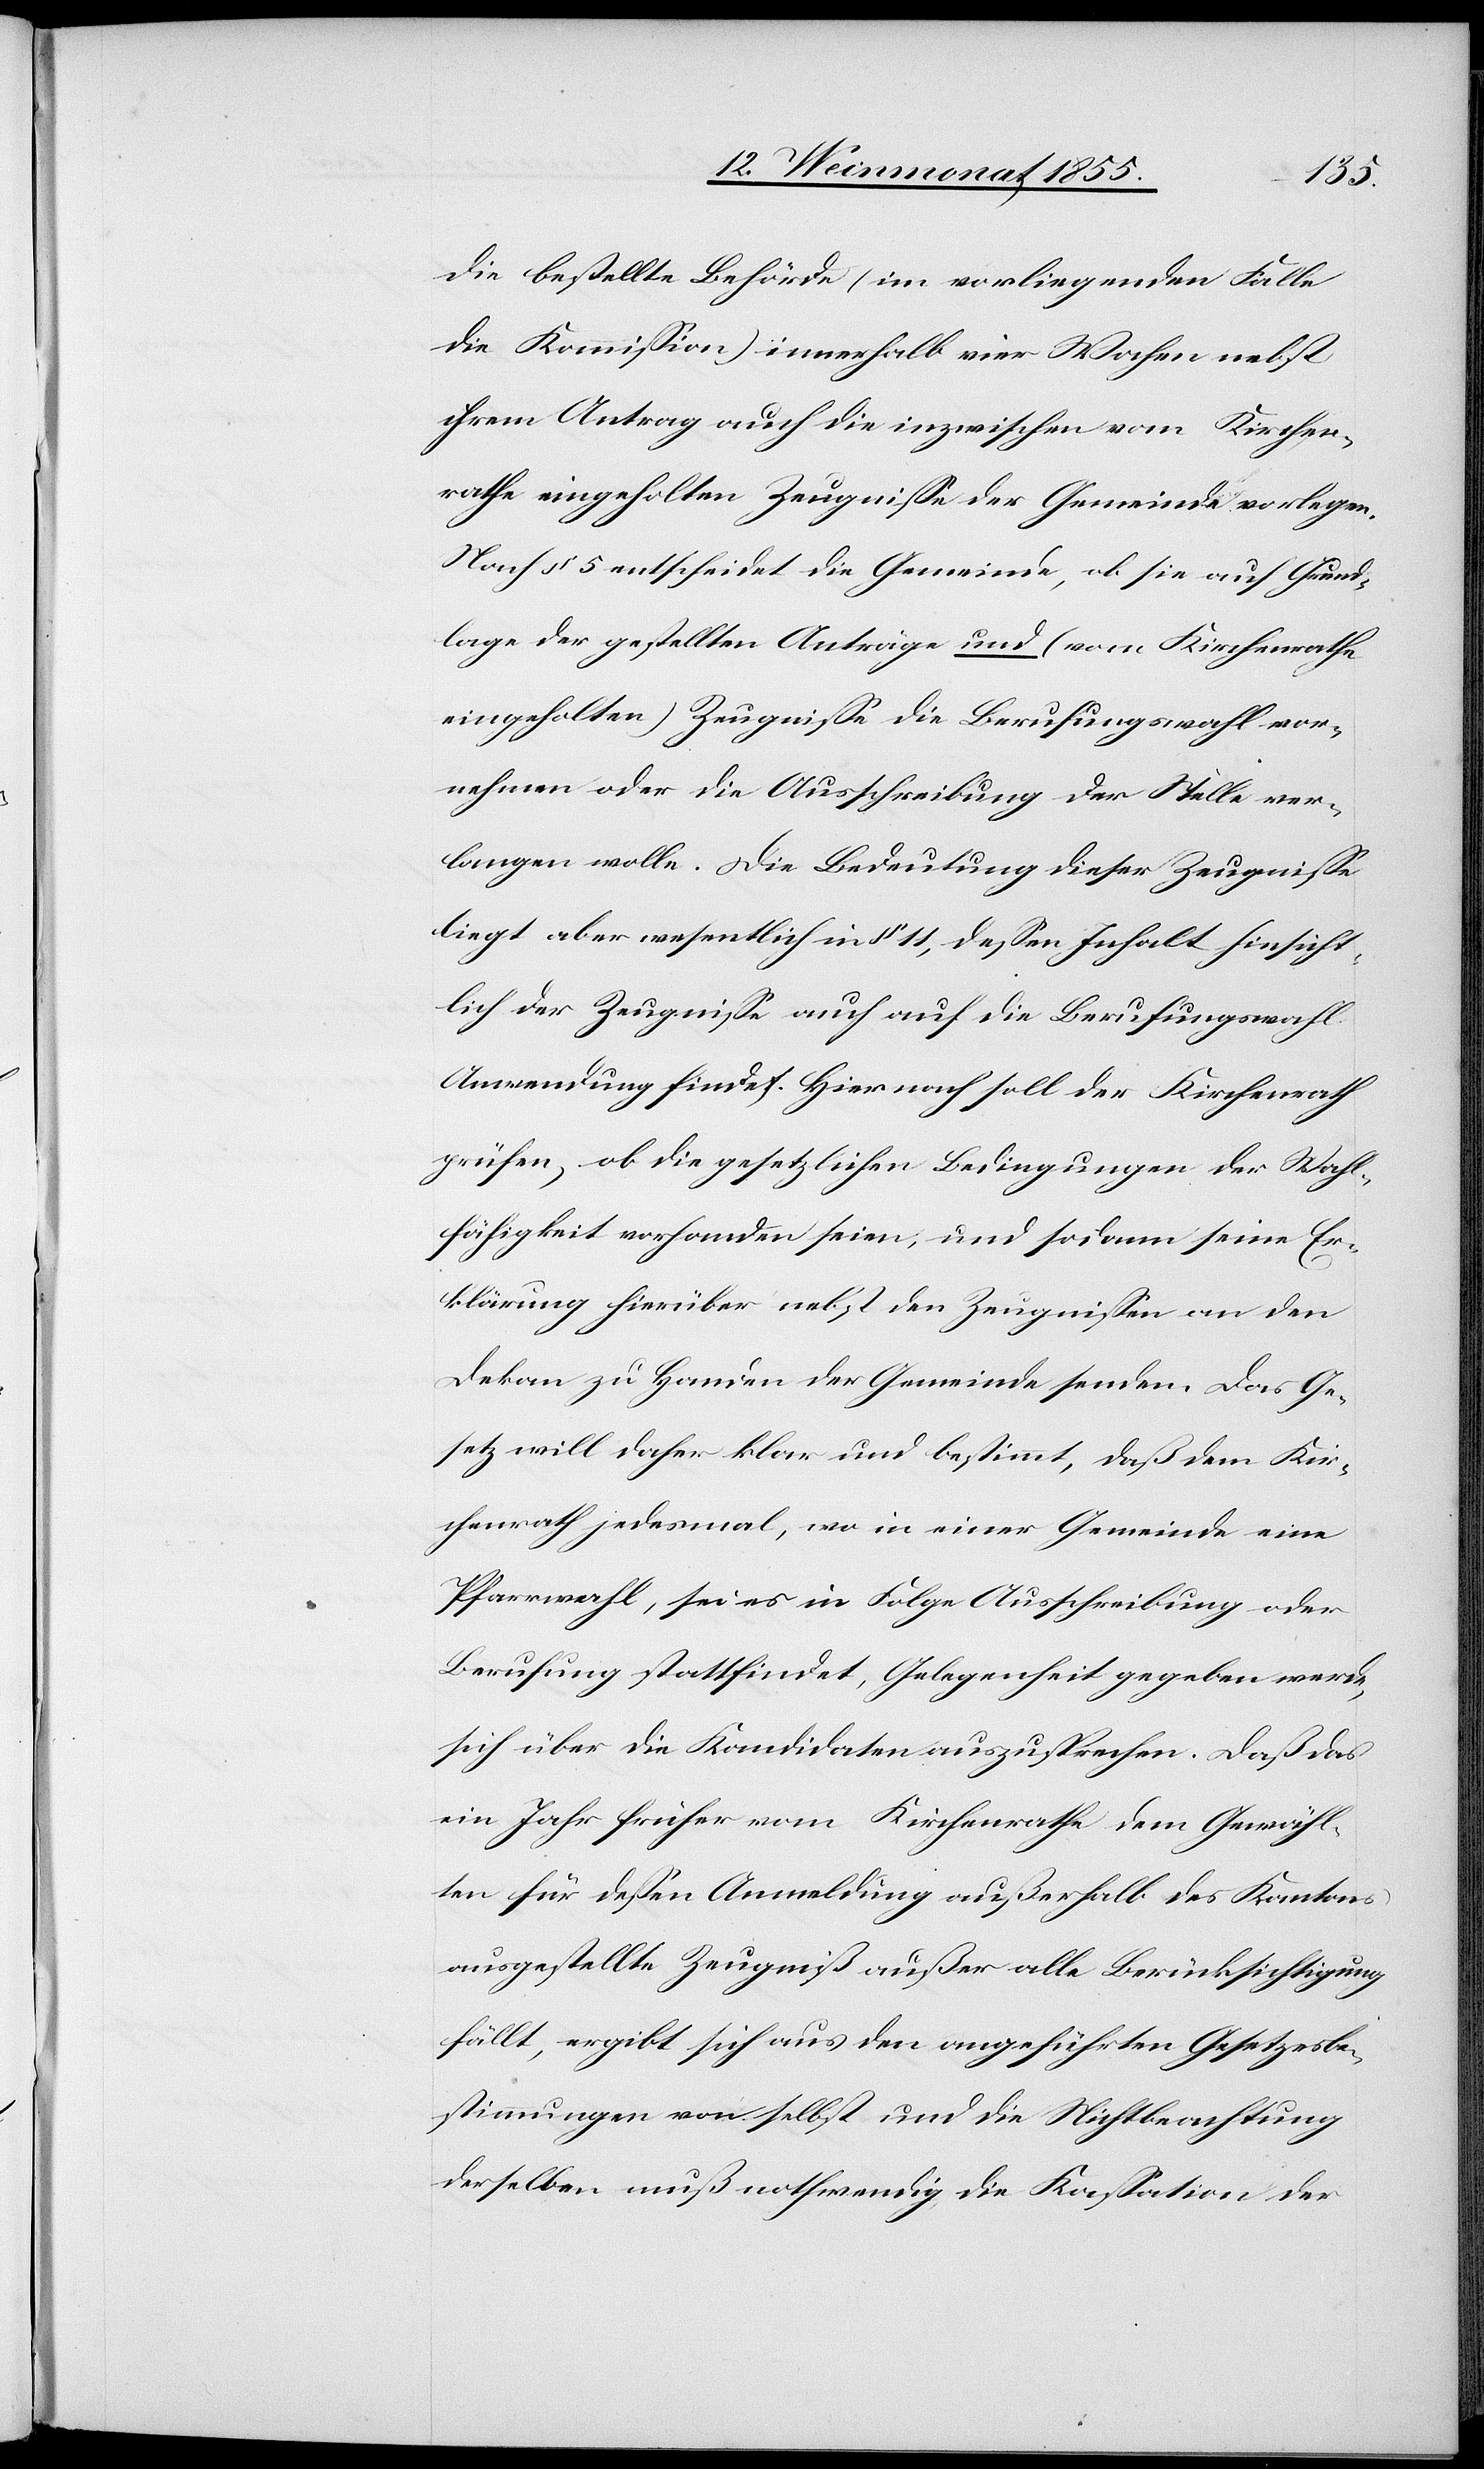
die bestellte Behörde (im vorliegenden Falle
die Kommission) innerhalb vier Wochen nebst
ihrem Antrag auch die inzwischen vom Kirchen¬
rathe eingeholten Zeugnisse der Gemeinde vorlegen.
Nach § 5 entscheidet die Gemeinde, ob sie auf Grund¬
lage der gestellten Anträge und (vom Kirchenrathe
eingeholten) Zeugnisse die Berufungswahl vor¬
nehmen oder die Ausschreibung der Stelle ver¬
langen wolle. Die Bedeutung dieser Zeugnisse
liegt aber wesentlich in § 11, dessen Inhalt hinsicht¬
lich der Zeugnisse auch auf die Berufungswahl
Anwendung findet. Hiernach soll der Kirchenrath
prüfen, ob die gesetzlichen Bedingungen der Wahl¬
fähigkeit vorhanden seien, und sodann seine Er¬
klärung hierüber nebst den Zeugnissen an den
Dekan zu Handen der Gemeinde senden. Das Ge¬
setz will daher klar und bestimmt, daß dem Kir¬
chenrath jedesmal, wo in einer Gemeinde eine
Pfarrwahl, sei es in Folge Ausschreibung oder
Berufung stattfindet, Gelegenheit gegeben werde,
sich über die Kandidaten auszusprechen. Daß das
ein Jahr früher vom Kirchenrathe dem Gewähl¬
ten für dessen Anmeldung außerhalb des Kantons
ausgestellte Zeugniß außer alle Berücksichtigung
fällt, ergibt sich aus den angeführten Gesetzesbe¬
stimmungen von selbst und die Nichtbeachtung
derselben muß nothwendig die Kassation der